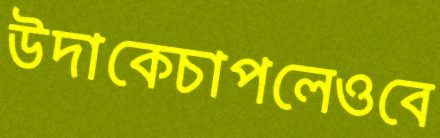
উদাকেচাপলেওবে